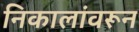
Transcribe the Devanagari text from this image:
निकालांवरून